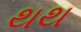
થથ